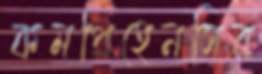
কমপ্রিহেনসিব